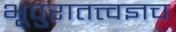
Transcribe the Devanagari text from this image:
भूपुरातत्त्वज्ञच